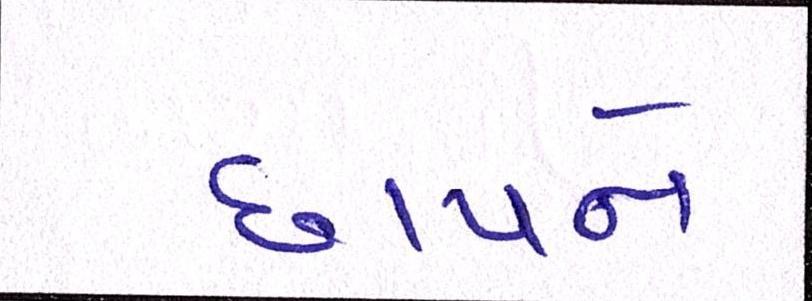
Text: છાપને